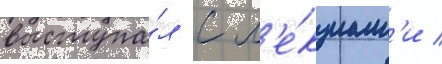
выступа́л с л'е́кциам'и /